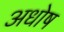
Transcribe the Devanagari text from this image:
अधोष